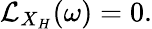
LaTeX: {\mathcal{L}}_{X_{H}}(\omega)=0.